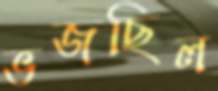
ভজছিল